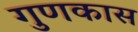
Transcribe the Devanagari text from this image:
गुणकास